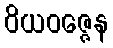
ဝိယဝဇ္ဇေန